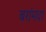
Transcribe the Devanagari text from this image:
बरांमदा